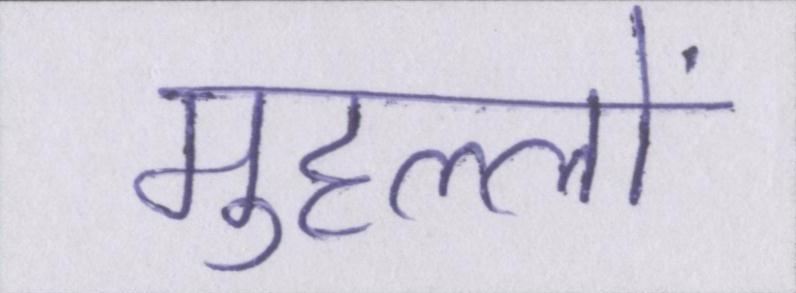
मुहल्लों